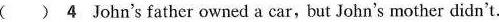
( ) 4 John's father owned a car,but John's mother didn't.